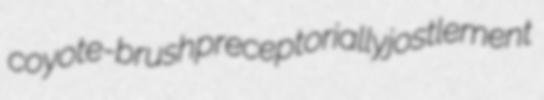
coyote-brush preceptorially jostlement